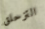
التزحلق